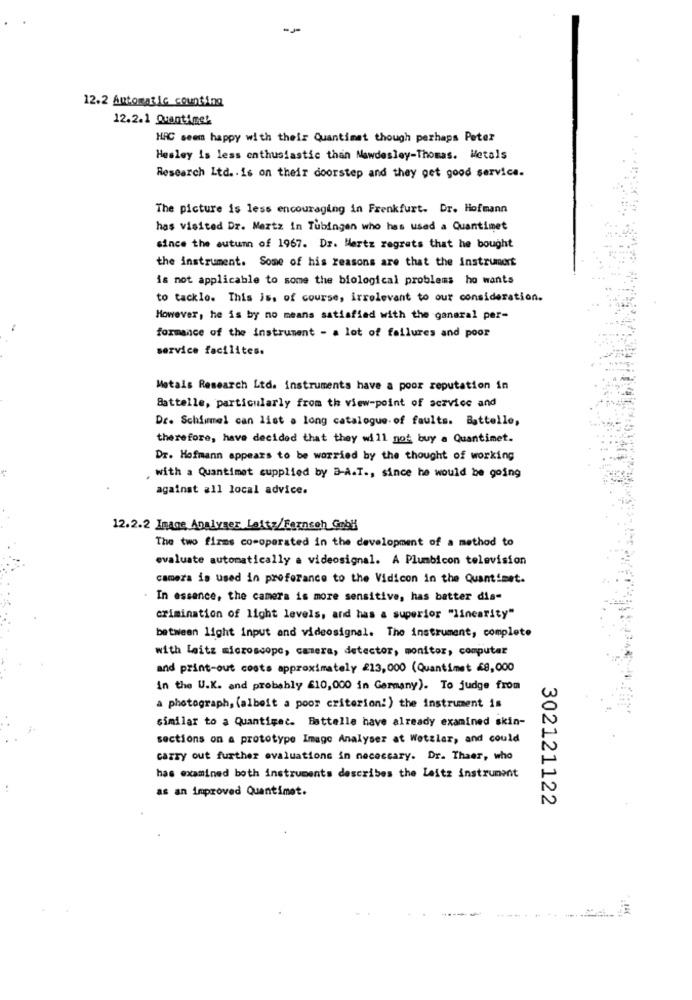
12.2 Automatic counting
12.2.1 Quantime!
HRC seem happy with their Quantimet though perhaps Peter
Healey is less enthusiastic than Nawdesley-Thomas. Metals
Research Ltd .. is on their doorstep and they get good service.
The picture is less encouraging in Frenkfurt. Dr. Hofmann
has visited Dr. Mertz in Tubingen who has used a Quantimet
since the autumn of 1967. Dr. Hertz regrets that he bought
the instrument. Some of his reasons are that the instrument
is not applicable to some the biological problems ho wants
to tackle. This is, of course, irrelevant to our consideration.
However, he is by no means satisfied with the ganaral per-
formance of the instrument - a lot of failures and poor
service facilites.
Metals Research Ltd. instruments have a poor reputation in
Battelle, particularly from the view-point of service and
Dr. Schimmel can list a long catalogue of faults. Battello,
therefore, have decided that they will not buy a Quantimet.
Dr. Hofmann appears to be worried by the thought of working
with a Quantimet cupplied by B-A.T ., since he would be going
against all local advice.
12.2.2 Image Analyser Leitz/Faxneoh Goby
The two firms co-operated in the development of a method to
evaluate automatically a videosignal. A Plumbicon television
camera is used in proferance to the Vidicon in the Quantimet.
In essence, the camera is more sensitive, has batter dis-
crimination of light levels, and has a superior "linearity"
between light input and videosignal. The instrument, complete
with leitz microscope, camera, detector, monitor, computar
and print-out costs approximately 213,000 (Quantimet 48,000
in the U.K. and probably $10,000 in Germany). To judge from
a photograph, (albeit a poor criterion!) the instrument is
similar to a Quantigec. Battelle have already examined skin-
sections on a prototype Image Analyser at Wetzlar, and could
carry out further evaluations in necescary. Dr. Thaer, who
has examined both instruments describes the Leitz instrument
as an improved Quantimet.
302121122